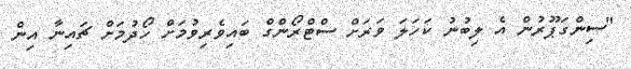
"ސިންގަޕޫރުން އެ ލިބުނު ކަހަލަ ވަރަށް ސްޓްރޯންގް ބައިވެރިވުމަށް ހޯދުމަށް ޗައިނާ އިން